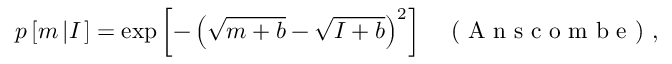
p \left[ m \left| I \right. \right] = \exp \left[ - \left( \sqrt { m + b } - \sqrt { I + b } \right) ^ { 2 } \right] \; \; \; \textrm { ( A n s c o m b e ) } ,